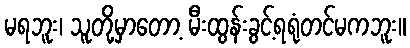
မရဘူး၊ သူတို့မှာတော့ မီးထွန်းခွင့်ရရုံတင်မကဘူး။